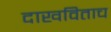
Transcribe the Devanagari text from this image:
दाखविताच